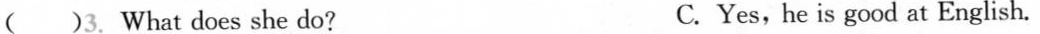
( )3. What does she do? C.Yes, he is good at English.